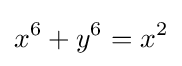
x^{6}+y^{6}=x^{2}